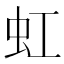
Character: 虹